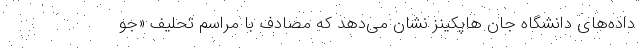
داده‌های دانشگاه جان هاپکینز نشان می‌دهد که مصادف با مراسم تحلیف «جو